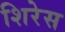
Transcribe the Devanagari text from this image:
शिरेस